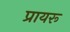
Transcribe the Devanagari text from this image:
प्रायरू